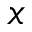
x